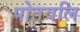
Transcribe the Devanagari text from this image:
पोतवलि